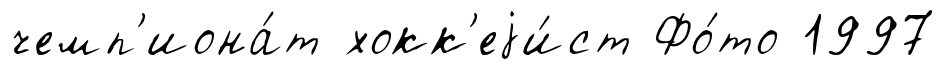
чемп'иона́т хокк'еjи́ст Фо́то 1997